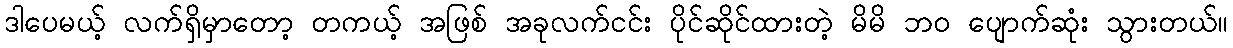
ဒါပေမယ့် လက်ရှိမှာတော့ တကယ့် အဖြစ် အခုလက်ငင်း ပိုင်ဆိုင်ထားတဲ့ မိမိ ဘဝ ပျောက်ဆုံး သွားတယ်။